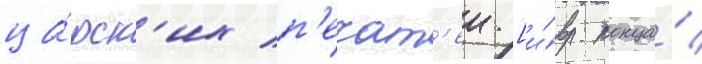
ца́рск'их п'ечат'еи [и́вр. конца́